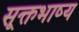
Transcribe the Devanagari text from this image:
सूक्तभाष्य